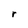
Character: r